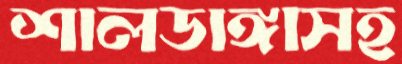
শালডাঙ্গাসহ